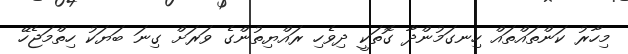
މިހާރު ކަންތައްތައް ހިނގަމުންދާ ގޮތަކީ ދިވެހި ރައްޔިތުންގެ ވަރަށް ގިނަ ބަޔަކު ހިތްމަޖެހޭ